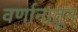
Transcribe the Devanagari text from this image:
वर्णानातून